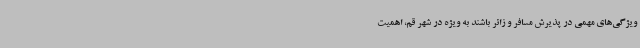
ویژگی‌های مهمی در پذیرش مسافر و زائر باشند به ویژه در شهر قم، اهمیت